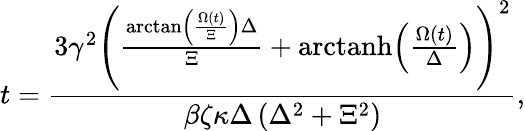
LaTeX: t=\frac{3\gamma^{2}\left(\frac{\arctan\left(\frac{\Omega\left(t\right)}{\Xi}\right)\Delta}{\Xi}+\mathrm{arctanh}\! \left(\frac{\Omega\left(t\right)}{\Delta}\right)\right)^{2}}{\beta\zeta\kappa\Delta\left(\Delta^{2}+\Xi^{2}\right)},